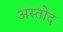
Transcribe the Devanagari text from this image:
अस्तोद